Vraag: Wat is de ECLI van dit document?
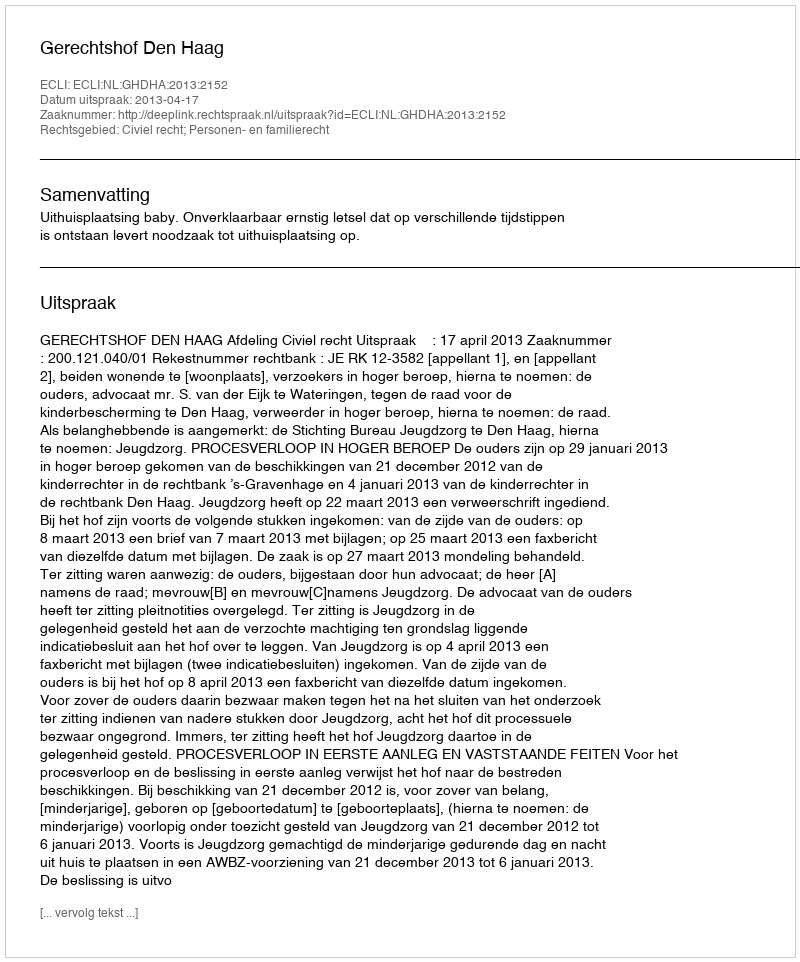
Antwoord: ECLI:NL:GHDHA:2013:2152